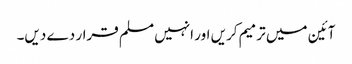
آئین میں ترمیم کریں اور انہیں مسلم قرار دے دیں۔